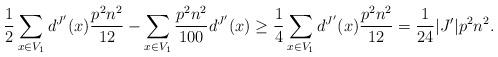
LaTeX: \begin{align*}\frac{1}{2}\sum_{x \in V_1} d^{J'}(x) \frac{p^2 n^2}{12} - \sum_{x \in V_1} \frac{p^2n^2}{100}d^{J'}(x) \ge \frac{1}{4}\sum_{x \in V_1} d^{J'}(x) \frac{p^2 n^2}{12} = \frac{1}{24} |J'| p^2n^2. \end{align*}